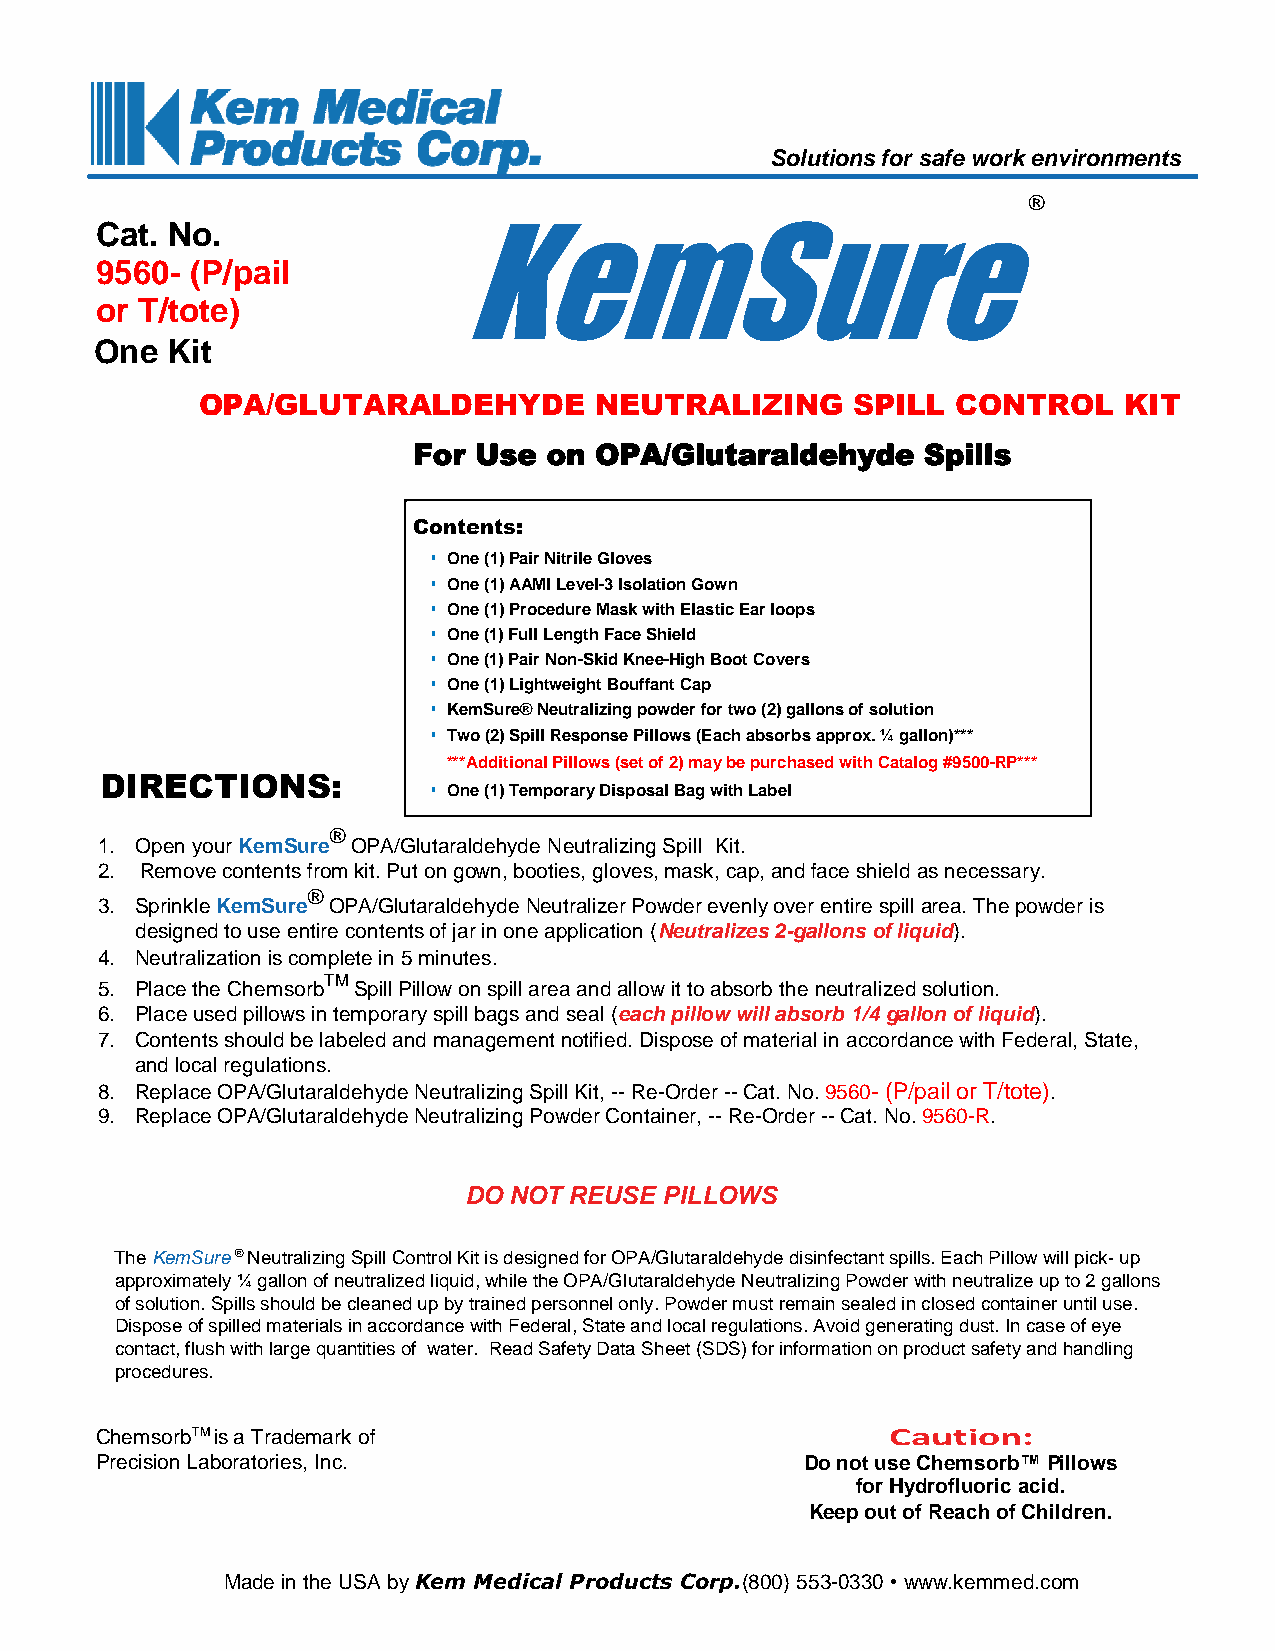
Solutions for safe work environments
 ®
 KemSure
 Cat. No.
 9560-  (P/pail
 or T/tote)
 One  Kit
 OPA/GLUTARALDEHYDE        NEUTRALIZING     SPILL  CONTROL    KIT
 For Use  on OPA/Glutaraldehyde    Spills
 /
 Contents:
 ▪ One (1) Pair Nitrile Gloves
 ▪ One (1) AAMI Level-3 Isolation Gown
 ▪ One (1) Procedure Mask with Elastic Ear loops
 ▪ One (1) Full Length Face Shield
 ▪ One (1) Pair Non-Skid Knee-High Boot Covers
 ▪ One (1) Lightweight Bouffant Cap
 ▪ KemSure® Neutralizing powder for two (2) gallons of solution
 ▪ Two (2) Spill Response Pillows (Each absorbs approx. ¼ gallon)***
 ***Additional Pillows (set of 2) may be purchased with Catalog #9500-RP***
 DIRECTIONS:
 ▪ One (1) Temporary Disposal Bag with Label
 ®
 1. Open your KemSure OPA/Glutaraldehyde Neutralizing Spill Kit.
 2. Remove contents from kit. Put on gown, booties, gloves, mask, cap, and face shield as necessary.
 ®
 3. Sprinkle KemSure OPA/Glutaraldehyde Neutralizer Powder evenly over entire spill area. The powder is
 designed to use entire contents of jar in one application (Neutralizes 2-gallons of liquid).
 4. Neutralization is complete in 5 minutes.
 TM
 5. Place the Chemsorb Spill Pillow on spill area and allow it to absorb the neutralized solution.
 6. Place used pillows in temporary spill bags and seal (each pillow will absorb 1/4 gallon of liquid).
 7. Contents should be labeled and management notified. Dispose of material in accordance with Federal, State,
 and local regulations.
 8. Replace OPA/Glutaraldehyde Neutralizing Spill Kit, -- Re-Order -- Cat. No. 9560- (P/pail or T/tote).
 9. Replace OPA/Glutaraldehyde Neutralizing Powder Container, -- Re-Order -- Cat. No. 9560-R.
 DO NOT REUSE PILLOWS
 The KemSure ® Neutralizing Spill Control Kit is designed for OPA/Glutaraldehyde disinfectant spills. Each Pillow will pick- up
 approximately ¼ gallon of neutralized liquid, while the OPA/Glutaraldehyde Neutralizing Powder with neutralize up to 2 gallons
 of solution. Spills should be cleaned up by trained personnel only. Powder must remain sealed in closed container until use.
 Dispose of spilled materials in accordance with Federal, State and local regulations. Avoid generating dust. In case of eye
 contact, flush with large quantities of water. Read Safety Data Sheet (SDS) for information on product safety and handling
 procedures.
 ChemsorbTM is a Trademark of                         Caution:
 Precision Laboratories, Inc.                   Do not use Chemsorb™ Pillows
 for Hydrofluoric acid.
 Keep out of Reach of Children.
 Made in the USA by Kem Medical Products Corp.(800) 553-0330 • www.kemmed.com